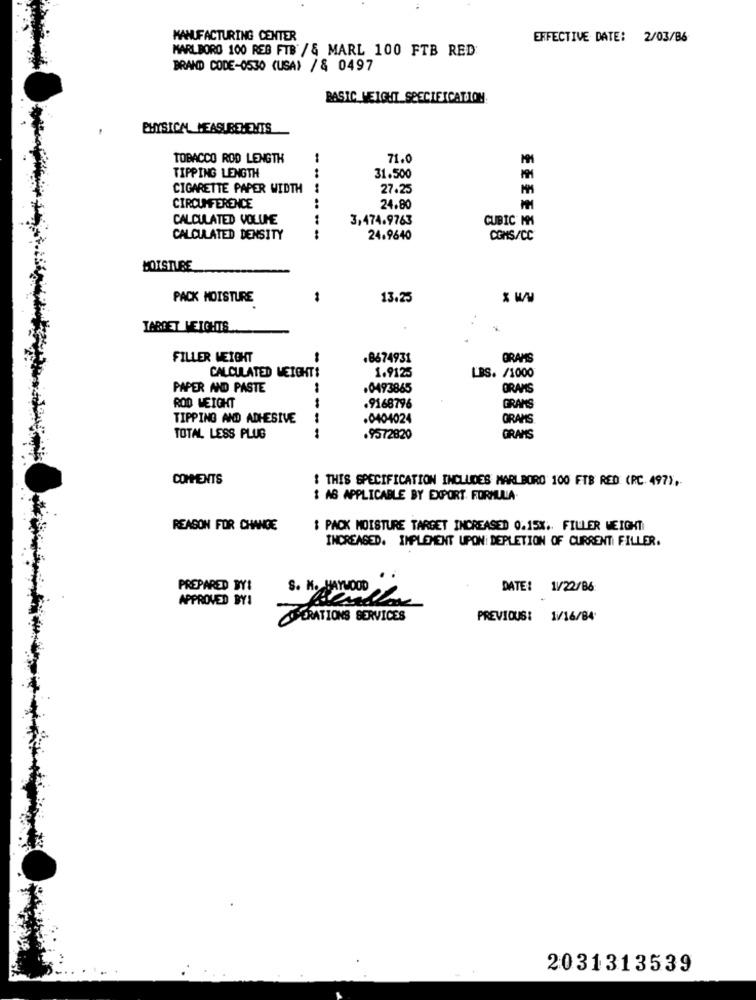
MANUFACTURING CENTER
EFFECTIVE DATE: 2/03/86
MARLBORO 100 REB FTB /& MARL 100 FTB RED
BRAND CODE-0530 (USA) / & 0497
BASIC WEIGHT SPECIFICATION
PHYSICAL MEASUREMENTS
TOBACCO ROD LENGTH
71.0
TIPPING LENGTH
31.500
CIGARETTE PAPER WIDTH
27.25
CIRCUMFERENCE
24.80
CALCULATED VOLUME
3,474.9763
CUBIC MM
CALCULATED DENSITY
24.9640
COMS/CC
EEEEE8
MOISTURE
PACK MOISTURE
-
13.25
TABBET MEIGHTS
FILLER WEIGHT
8674931
BRAMS
CALCULATED WEIGHT:
1.9125
LBS. /1000
PAPER AND PASTE
.0493865
ORANS
ROD WEIGHT
GRANS
.9168796
TIPPING AND ADHESIVE
.0404024
GRAMS
TOTAL LESS PLUG
--
.9572820
GRANS
COMMENTS
: THIS SPECIFICATION INCLUDES MARLBORO 100 FTB RED (RC. 497),
I AS APPLICABLE BY EXPORT FORMULA
REASON FOR CHANGE
$ PACK MOISTURE TARGET INCREASED 0.15%. FILLER WEIGHT
INCREASED. IMPLEMENT UPON DEPLETION OF CURRENT FILLER.
.
PREPARED BY:
DATE: 1/22/86
APPROVED BY1
SSPERATIONS SERVICES
PREVIOUS: 1//16/84
2031313539